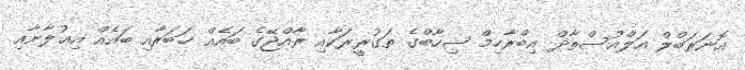
އޮނަރަބްލް އަލްއުސްތާޛް އިބްރާހިމް ޝިހާބްގެ ތަގުރީރަކާއި ރާއްޖޭގެ ބައެއް ޚަބަރާއި ބައެއް އިޢުލާނާއި